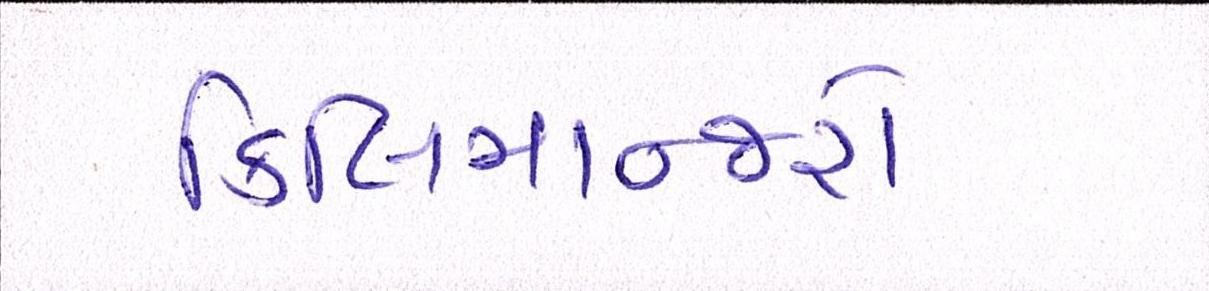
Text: કિલિમાન્જરો